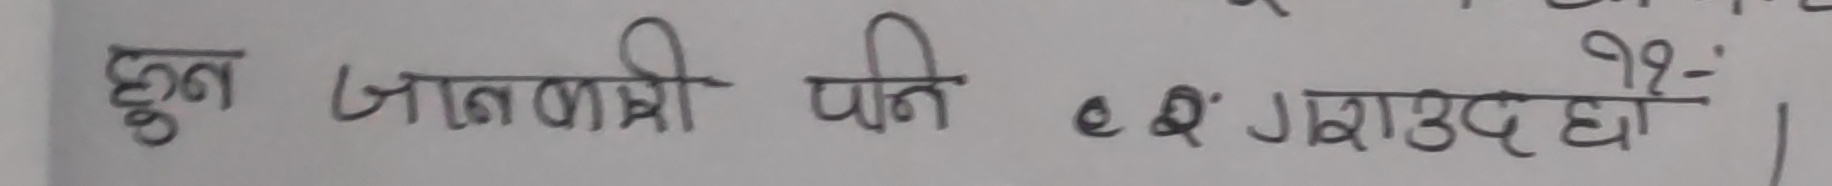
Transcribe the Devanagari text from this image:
हुन जानकारी पनि ०.३५ कराउँछौ ।